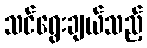
သင်ရွေးချယ်သည့်